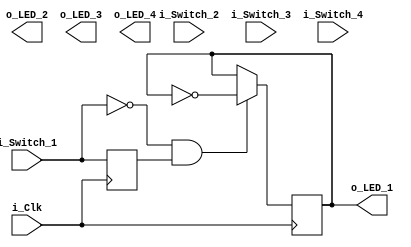
module Switches_to_LEDs
	(input i_Switch_1,
	 input i_Switch_2,
	 input i_Switch_3,
	 input i_Switch_4,
         input i_Clk,
	 output o_LED_1,
	 output o_LED_2,
	 output o_LED_3,
	 output o_LED_4);

  reg r_LED_1    = 1'b0;
  reg r_Switch_1 = 1'b0;
 
 
  always @(posedge i_Clk)
  begin
    r_Switch_1 <= i_Switch_1; 
 
    if (i_Switch_1 == 1'b0 && r_Switch_1 == 1'b1)
    begin
      r_LED_1 <= ~r_LED_1;        
    end
  end
 
  assign o_LED_1 = r_LED_1;

endmodule